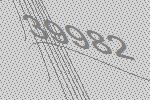
39982